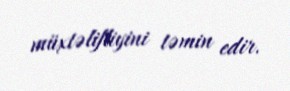
müxtəlifliyini təmin edir.